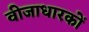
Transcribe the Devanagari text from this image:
वीजाधारकों